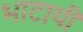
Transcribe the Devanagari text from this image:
भाटायी